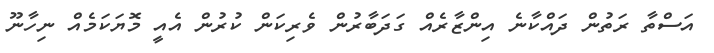
އަސްތާ ރަތުން ދައްކާނެ އިންޒާރެއް ގަދަބާރުން ވެރިކަން ކުރުން އެއީ މޮޔަކަމެއް ނިހާނޫ